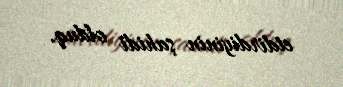
etdirdiyinin şahidi olduq.